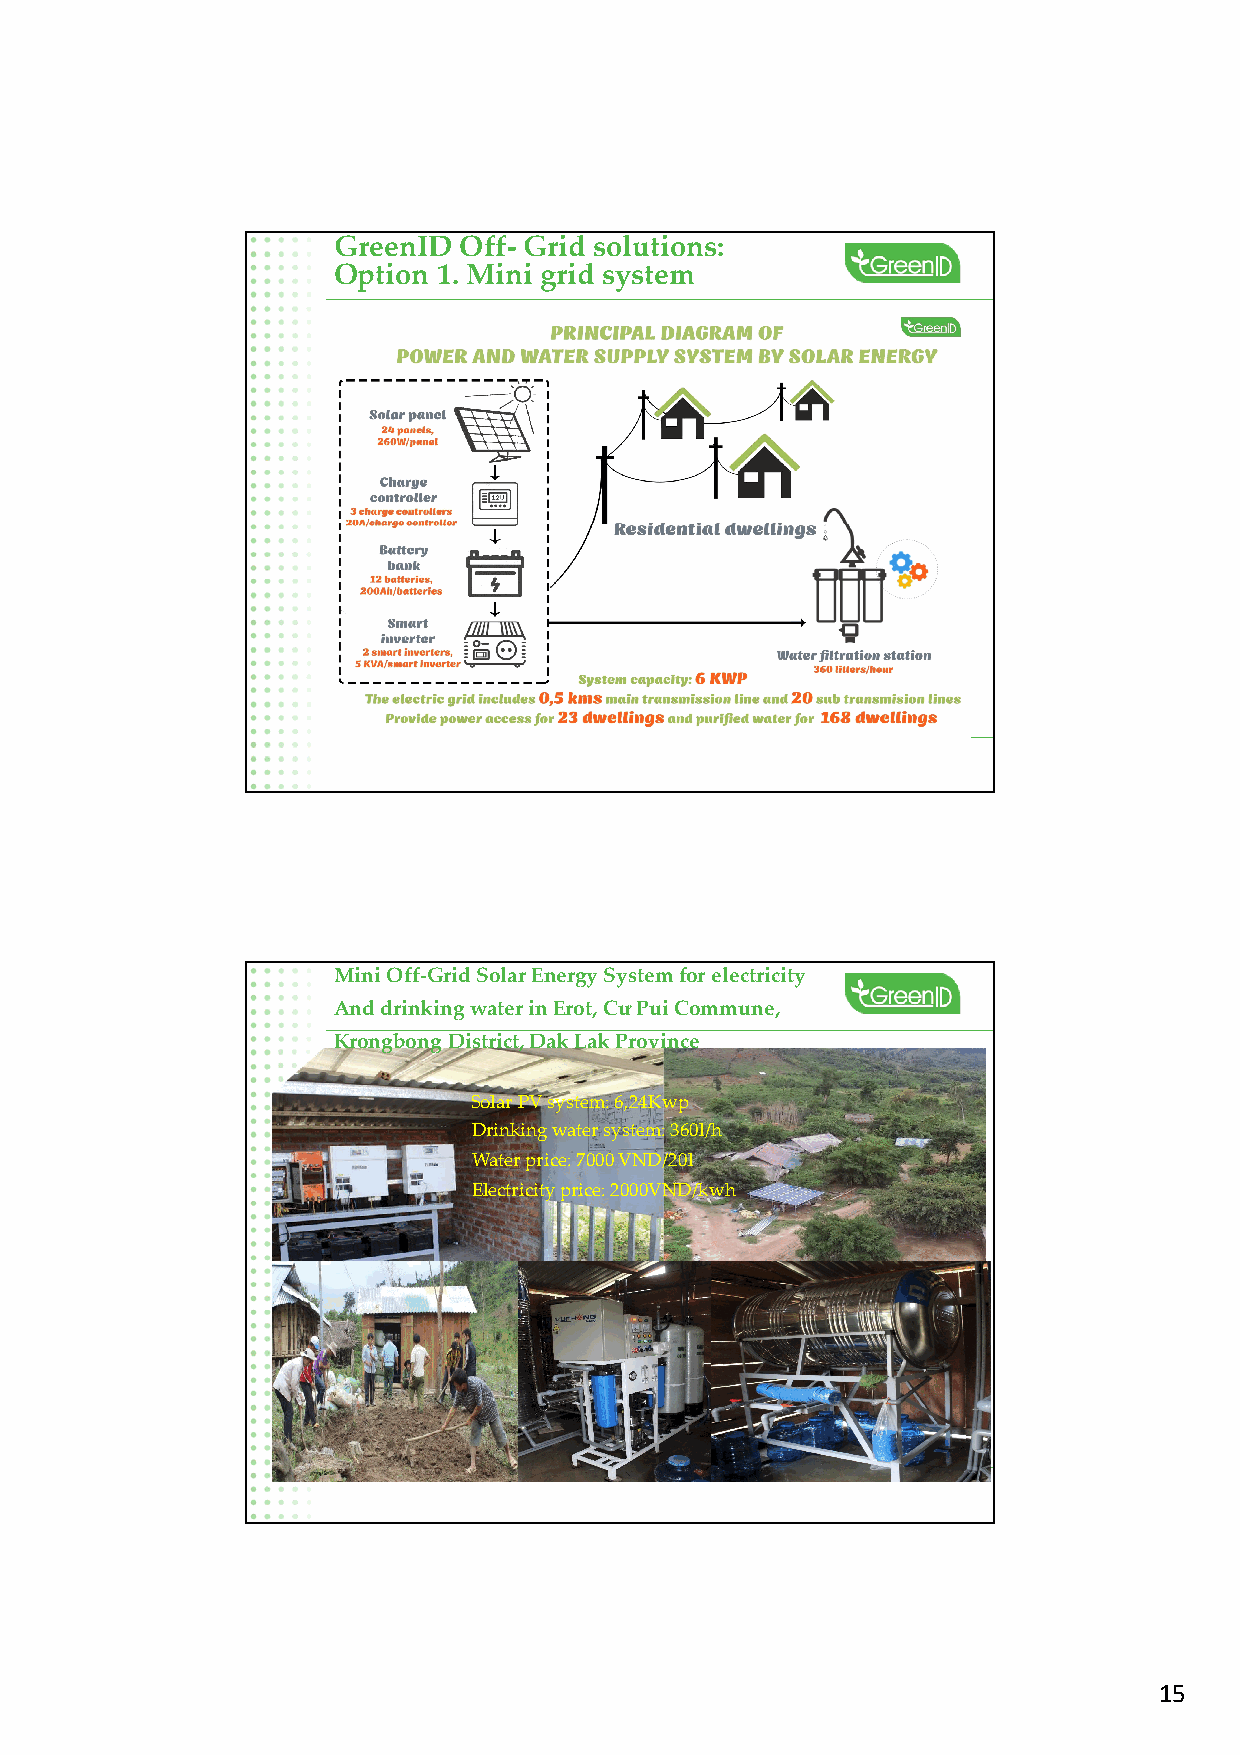
GreenID Off- Grid solutions:
 Option 1. Mini grid system
 Mini Off-Grid Solar Energy System for electricity
 And drinking water inErot, Cư PuiCommune,
 Krongbong District,Dak Lak Province
 Solar PV system: 6,24Kwp
 Drinkingwatersystem:360l/h
 Waterprice:7000VND/20l
 Electricityprice:2000VND/kwh
 15